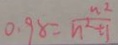
0 . 9 8 = \frac { n ^ { 2 } } { n ^ { 2 } \pm 1 }